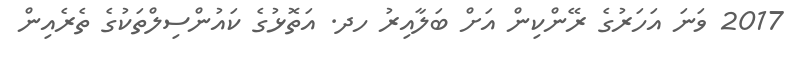
2017 ވަނަ އަހަރުގެ ރޭންކިން އަށް ބަލާއިރު ހދ. އަތޮޅުގެ ކައުންސިލްތަކުގެ ތެރެއިން